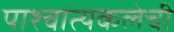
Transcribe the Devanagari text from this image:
पाश्चात्यकलेची